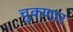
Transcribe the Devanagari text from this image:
चुकणार